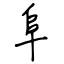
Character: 阜